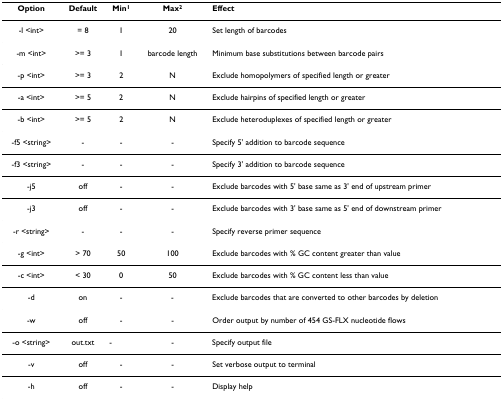
<table><thead><tr><td><b>Option</b></td><td><b>Default</b></td><td><b>Min<sup>1</sup></b></td><td><b>Max<sup>2</sup></b></td><td><b>Effect</b></td></tr></thead><tbody><tr><td>-l &lt;int&gt;</td><td>= 8</td><td>1</td><td>20</td><td>Set length of barcodes</td></tr><tr><td>-m &lt;int&gt;</td><td>&gt;= 3</td><td>1</td><td>barcode length</td><td>Minimum base substitutions between barcode pairs</td></tr><tr><td>-p &lt;int&gt;</td><td>&gt;= 3</td><td>2</td><td>N</td><td>Exclude homopolymers of specified length or greater</td></tr><tr><td>-a &lt;int&gt;</td><td>&gt;= 5</td><td>2</td><td>N</td><td>Exclude hairpins of specified length or greater</td></tr><tr><td>-b &lt;int&gt;</td><td>&gt;= 5</td><td>2</td><td>N</td><td>Exclude heteroduplexes of specified length or greater</td></tr><tr><td>-f5 &lt;string&gt;</td><td>-</td><td>-</td><td>-</td><td>Specify 5&#x27; addition to barcode sequence</td></tr><tr><td>-f3 &lt;string&gt;</td><td>-</td><td>-</td><td>-</td><td>Specify 3&#x27; addition to barcode sequence</td></tr><tr><td>-j5</td><td>off</td><td>-</td><td>-</td><td>Exclude barcodes with 5&#x27; base same as 3&#x27; end of upstream primer</td></tr><tr><td>-j3</td><td>off</td><td>-</td><td>-</td><td>Exclude barcodes with 3&#x27; base same as 5&#x27; end of downstream primer</td></tr><tr><td>-r &lt;string&gt;</td><td>-</td><td>-</td><td>-</td><td>Specify reverse primer sequence</td></tr><tr><td>-g &lt;int&gt;</td><td>&gt; 70</td><td>50</td><td>100</td><td>Exclude barcodes with % GC content greater than value</td></tr><tr><td>-c &lt;int&gt;</td><td>&lt; 30</td><td>0</td><td>50</td><td>Exclude barcodes with % GC content less than value</td></tr><tr><td>-d</td><td>on</td><td>-</td><td>-</td><td>Exclude barcodes that are converted to other barcodes by deletion</td></tr><tr><td>-w</td><td>off</td><td>-</td><td>-</td><td>Order output by number of 454 GS-FLX nucleotide flows</td></tr><tr><td>-o &lt;string&gt;</td><td>out.txt</td><td>-</td><td>-</td><td>Specify output file</td></tr><tr><td>-v</td><td>off</td><td>-</td><td>-</td><td>Set verbose output to terminal</td></tr><tr><td>-h</td><td>off</td><td>-</td><td>-</td><td>Display help</td></tr></tbody></table>